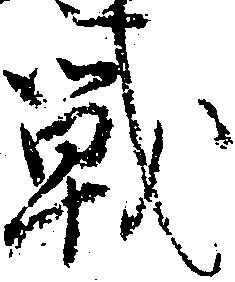
戦